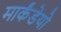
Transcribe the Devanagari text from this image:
मार्कंडेयो